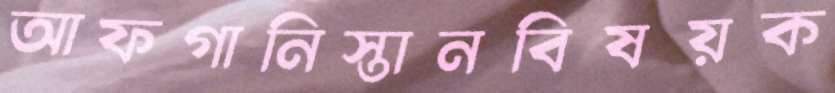
আফগানিস্তানবিষয়ক